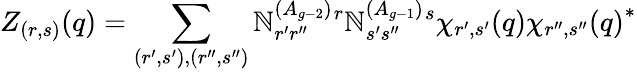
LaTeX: Z_{(r,s)}(q)=\sum_{(r^{\prime},s^{\prime}),(r^{\prime\prime},s^{\prime\prime})}\mathbb{N}_{r^{\prime}r^{\prime\prime}}^{(A_{g-2})}{}^{r}\mathbb{N}_{s^{\prime}s^{\prime\prime}}^{(A_{g-1})}{}^{s}\chi_{r^{\prime},s^{\prime}}(q){\chi_{r^{\prime\prime},s^{\prime\prime}}(q)}^{*}